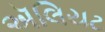
ઍલિયટ